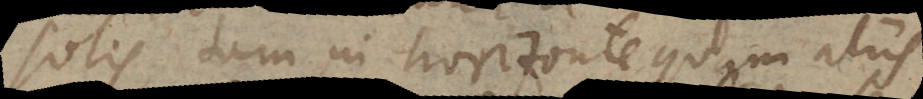
solis tam in horizonte quam aliis